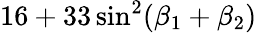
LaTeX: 16+33\sin^{2}(\beta_{1}+\beta_{2})